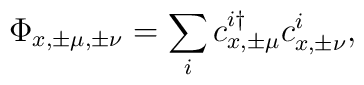
\Phi_{x,\pm\mu,\pm\nu} = \sum_i c^{i \dagger}_{x,\pm\mu} c^i_{x,\pm\nu},